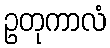
ဥတုကာလံ